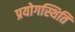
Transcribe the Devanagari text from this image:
प्रयोगस्थिति